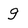
Character: g